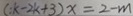
( k - 2 k + 3 ) x = 2 - m